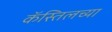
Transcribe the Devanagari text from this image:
कॅस्तिलच्या